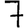
Digit: 7